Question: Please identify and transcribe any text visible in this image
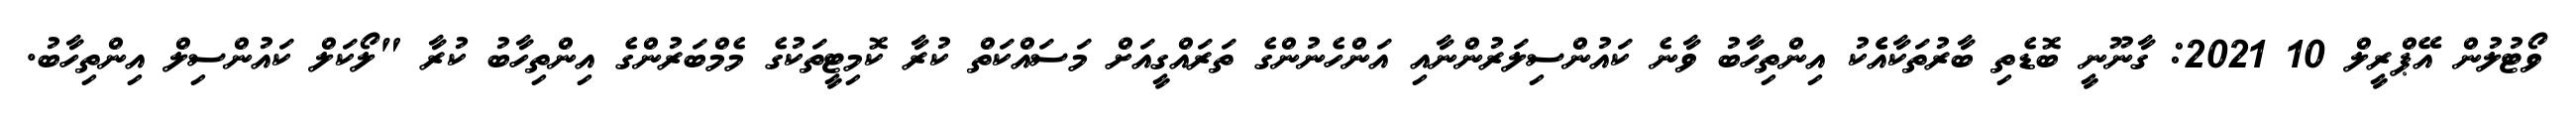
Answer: ވޯޓުލުން އޭޕްރީލް 10 2021: ގާނޫނީ ބޮޑެތި ބާރުތަކާއެެކު އިންތިހާބު ވާނެ ކައުންސިލަރުންނާއި އަންހެނުންގެ ތަރައްގީއަށް މަސައްކަތް ކުރާ ކޮމިޓީތަކުގެ މެމްބަރުންގެ އިންތިހާބު ކުރާ "ލޯކަލް ކައުންސިލް އިންތިހާބު.